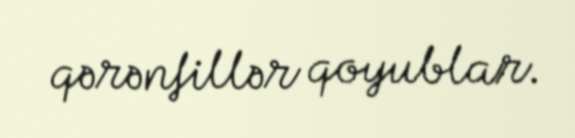
qərənfillər qoyublar.